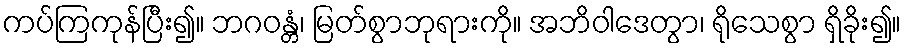
ကပ်ကြကုန်ပြီး၍။ ဘဂဝန္တံ၊ မြတ်စွာဘုရားကို။ အဘိဝါဒေတွာ၊ ရိုသေစွာ ရှိခိုး၍။